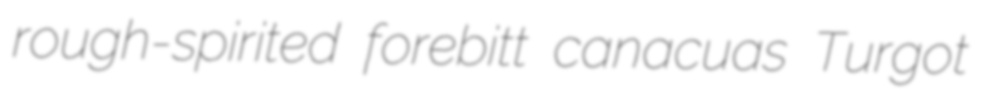
rough-spirited forebitt canacuas Turgot